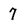
Character: 7